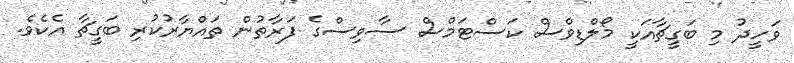
ވަހީދު މި ބަގީޗާއަކީ މޯލްޑިވްސް ކަސްޓަމްސް ސާވިސްގެ ފަރާތުން ތައްޔާރުކުރި ބަގީޗާ އެކެވެ.